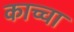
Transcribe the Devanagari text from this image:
काच्चा